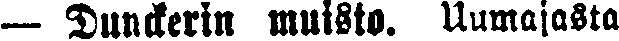
— Dunckerin muisto. Uumajasta